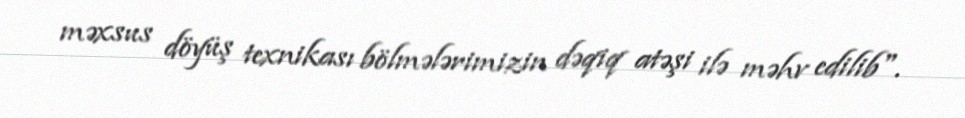
məxsus döyüş texnikası bölmələrimizin dəqiq atəşi ilə məhv edilib".